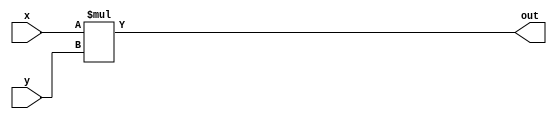
`timescale 1ns / 1ps

module multiplier
     (
        output  [1:4] out ,
        input   [1:4] x,y     
                             
     );
    
     assign out =  x * y ;
      
endmodule